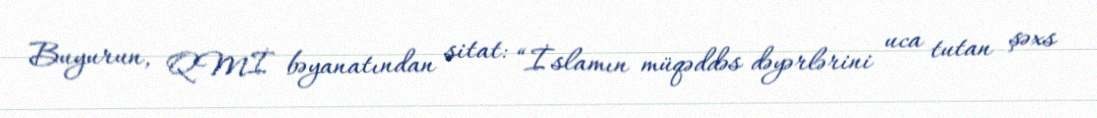
Buyurun, QMİ bəyanatından sitat: “İslamın müqəddəs dəyərlərini uca tutan şəxs